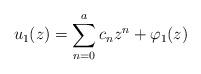
LaTeX: \begin{align*}u_1(z)=\sum_{n=0}^{a}c_nz^n+\varphi_1(z)\end{align*}